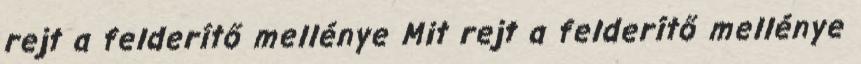
rejt a felderítő mellénye Mit rejt a felderítő mellénye